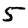
Digit: 5